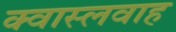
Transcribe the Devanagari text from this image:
क्वास्लवाह